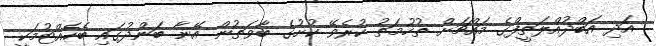
އަދި އަބްދުއްލަތީފްގެ މައްޗަށް ތުހުމަތު ކުރެވޭ ކުށުގެ ބާވަތުން އޭނާ ބަންދުގައި ބެހެއްޓުމަކީ